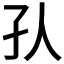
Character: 𡤿